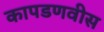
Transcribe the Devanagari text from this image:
कापडणवीस